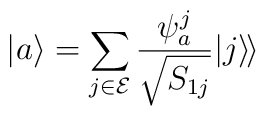
|a\rangle =\sum_{j\in {\cal E}} \frac{\psi^j_a}{\sqrt{S_{1j}}} |j\rangle\!\rangle